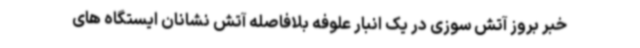
خبر بروز آتش سوزی در یک انبار علوفه بلافاصله آتش نشانان ایستگاه های